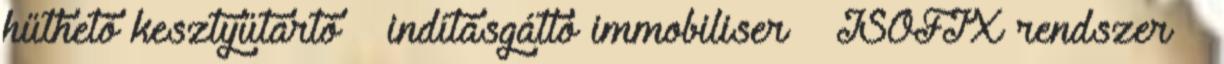
hűthető kesztyűtartó – indításgátló immobiliser – ISOFIX rendszer –